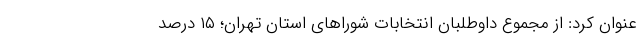
عنوان کرد: از مجموع داوطلبان انتخابات شوراهای استان تهران؛ ۱۵ درصد